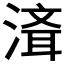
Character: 𰜮